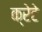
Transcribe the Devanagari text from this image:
क्रेटे